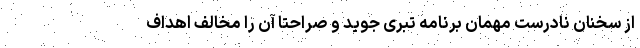
از سخنان نادرست مهمان برنامه تبری جوید و صراحتاً آن را مخالف اهداف